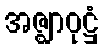
အဇ္ဈာဝုဋ္ဌံ